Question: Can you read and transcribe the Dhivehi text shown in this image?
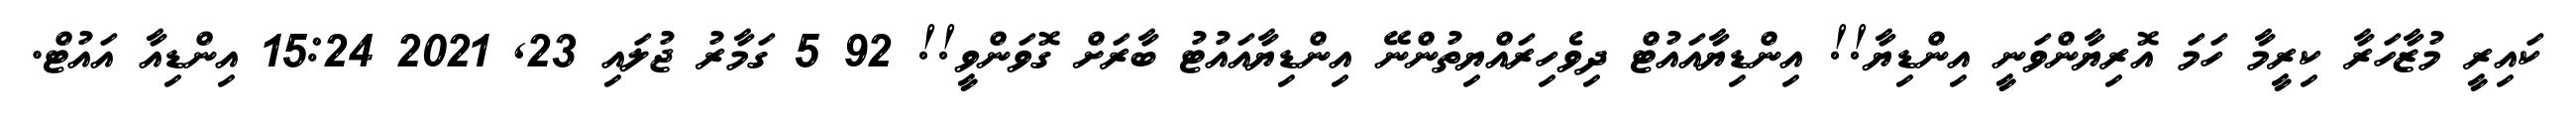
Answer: ކައިރީ މުޒާހަރާ ކިރީމާ ހަމަ އޮރިޔާންވަނީ އިންޑިޔާ!! އިންޑިޔާއައުޓް ދިވެހިރައްޔިތުންނޭ އިންޑިޔާއައުޓު ބާރަށް ގޮވަންވީ!! 92 5 ގަމާރު ޖުލައި 23, 2021 15:24 އިންޑިއާ އައުޓް.